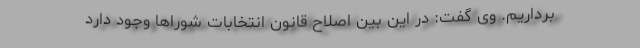
برداریم. وی گفت: در این بین اصلاح قانون انتخابات شوراها وجود دارد